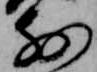
前